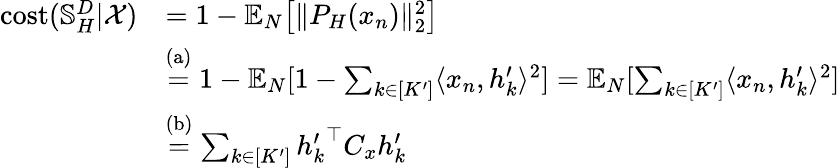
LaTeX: \begin{array}{rl}{\mathrm{cost}(\mathbb{S}_{H}^{D}|\mathcal{X})}&{=1-\mathbb{E}_{N}\big[\| P_{H}(x_{n})\| _{2}^{2}\big]}\\ &{\stackrel{\mathrm{(a)}}{=}1-\mathbb{E}_{N}[1-\sum_{k\in[K^{\prime}]}\langle x_{n},h_{k}^{\prime}\rangle^{2}]=\mathbb{E}_{N}[\sum_{k\in[K^{\prime}]}\langle x_{n},h_{k}^{\prime}\rangle^{2}]}\\ &{\stackrel{\mathrm{(b)}}{=}\sum_{k\in[K^{\prime}]}{h_{k}^{\prime}}^{\top}C_{x}h_{k}^{\prime}}\end{array}